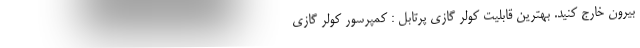
بیرون خارج کنید. بهترین قابلیت کولر گازی پرتابل : کمپرسور کولر گازی